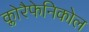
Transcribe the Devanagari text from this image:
क्लोरैफेनिकोल